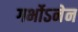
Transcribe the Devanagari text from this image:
गर्भोऽनेन